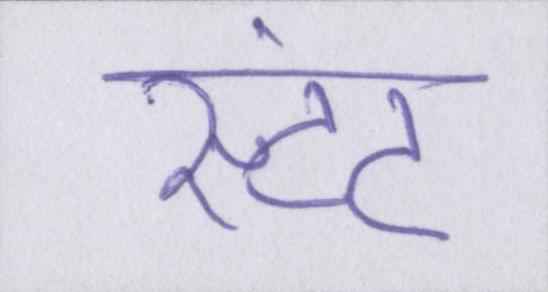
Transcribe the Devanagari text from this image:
स्टंट